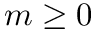
m \ge 0